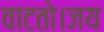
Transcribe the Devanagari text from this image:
वाटतो।जय